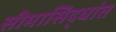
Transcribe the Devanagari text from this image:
सीमासिद्धांत